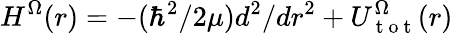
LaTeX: H^{\Omega}(r)=-(\hbar^{2}/2\mu)d^{2}/dr^{2}+U_{\mathrm{~t~o~t~}}^{\Omega}(r)